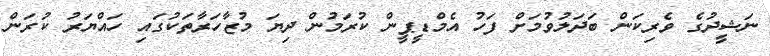
ނަޝީދުގެ ވެރިކަން ބަދަލުވުމަށް ފަހު އެމްޑީޕީން ކުރަމުން ދިޔަ މުޒާހަރާތަކުގައި ހައްޔަރު ކުރަން